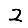
Digit: 2